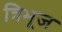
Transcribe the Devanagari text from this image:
त्रिभूज